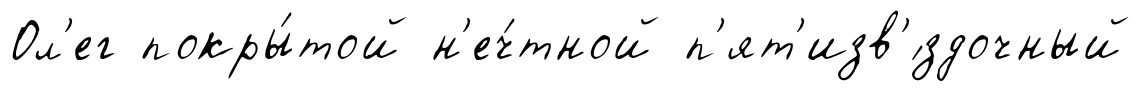
Ол'ег покры́той н'еч́тной п'ят'изв'́здочный